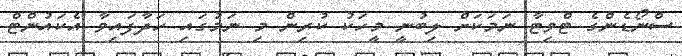
ސްނޯޑެންގެ ޓްވިޓާ ނަމަކަށް ލިބުނީ މީހަކު ކުރިން މި ނަމުގައި ހަދާފައިވާ އެކައުންޓް